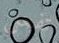
تفعل